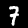
Label: 7